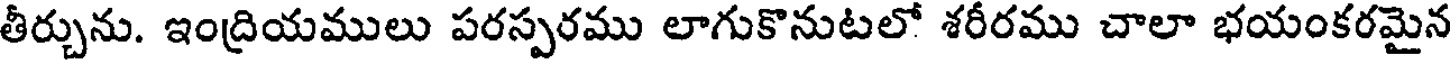
తీర్చును. ఇంద్రియములు పరస్పరము లాగుకొనుటలో శరీరము చాలా భయంకరమైన